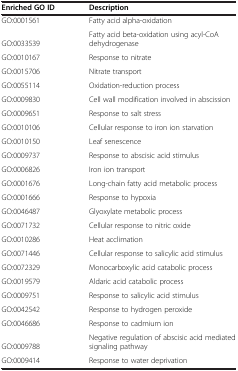
| Enriched GO ID | Description |
 | --- | --- |
 | GO:0001561 | Fatty acid alpha-oxidation |
 | GO:0033539 | Fatty acid beta-oxidation using acyl-CoA dehydrogenase |
 | GO:0010167 | Response to nitrate |
 | GO:0015706 | Nitrate transport |
 | GO:0055114 | Oxidation-reduction process |
 | GO:0009830 | Cell wall modification involved in abscission |
 | GO:0009651 | Response to salt stress |
 | GO:0010106 | Cellular response to iron ion starvation |
 | GO:0010150 | Leaf senescence |
 | GO:0009737 | Response to abscisic acid stimulus |
 | GO:0006826 | Iron ion transport |
 | GO:0001676 | Long-chain fatty acid metabolic process |
 | GO:0001666 | Response to hypoxia |
 | GO:0046487 | Glyoxylate metabolic process |
 | GO:0071732 | Cellular response to nitric oxide |
 | GO:0010286 | Heat acclimation |
 | GO:0071446 | Cellular response to salicylic acid stimulus |
 | GO:0072329 | Monocarboxylic acid catabolic process |
 | GO:0019579 | Aldaric acid catabolic process |
 | GO:0009751 | Response to salicylic acid stimulus |
 | GO:0042542 | Response to hydrogen peroxide |
 | GO:0046686 | Response to cadmium ion |
 | GO:0009788 | Negative regulation of abscisic acid mediated signaling pathway |
 | GO:0009414 | Response to water deprivation |